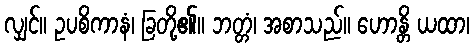
လျှင်။ ဥပစိကာနံ၊ ခြတို့၏။ ဘတ္တံ၊ အစာသည်။ ဟောန္တိ ယထာ၊